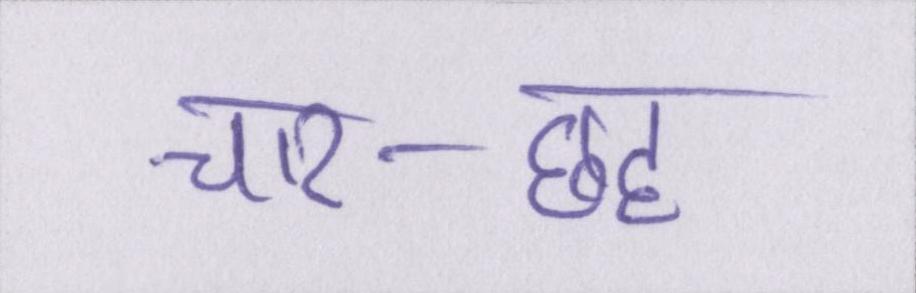
चार-छह